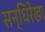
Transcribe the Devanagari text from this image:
सन्धिरेखा